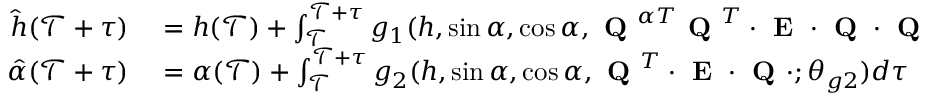
\begin{array} { r l } { \hat { h } ( \mathcal { T } + \tau ) } & { { } = h ( \mathcal { T } ) + \int _ { \mathcal { T } } ^ { \mathcal { T } + \tau } g _ { 1 } ( h , \sin \alpha , \cos \alpha , \textbf { Q } ^ { \alpha T } \textbf { Q } ^ { T } \cdot \textbf { E } \cdot \textbf { Q } \cdot \textbf { Q } ^ { \alpha } ; \theta _ { g 1 } ) d \tau } \\ { \hat { \alpha } ( \mathcal { T } + \tau ) } & { { } = \alpha ( \mathcal { T } ) + \int _ { \mathcal { T } } ^ { \mathcal { T } + \tau } g _ { 2 } ( h , \sin \alpha , \cos \alpha , \textbf { Q } ^ { T } \cdot \textbf { E } \cdot \textbf { Q } \cdot ; \theta _ { g 2 } ) d \tau } \end{array}